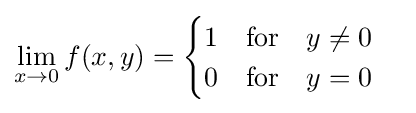
\lim _{x\to 0}f(x,y)={\begin{cases}1\quad {\text{for}}\quad y\neq 0\\0\quad {\text{for}}\quad y=0\end{cases}}